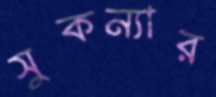
সুকন্যার